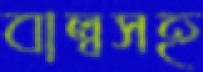
বাল্বসহ